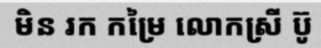
មិន រក កម្រៃ លោកស្រី ប៊ូ